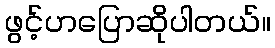
ဖွင့်ဟပြောဆိုပါတယ်။